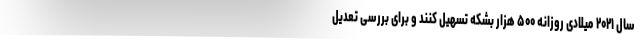
سال ۲۰۲۱ میلادی روزانه ۵۰۰ هزار بشکه تسهیل کنند و برای بررسی تعدیل